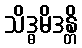
သိဒ္ဓမိဒန္တိ